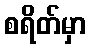
စရိတ်မှာ